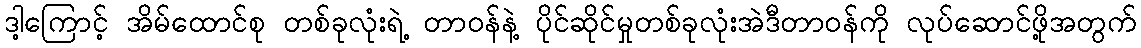
ဒါ့ကြောင့် အိမ်ထောင်စု တစ်ခုလုံးရဲ့ တာဝန်နဲ့ ပိုင်ဆိုင်မှုတစ်ခုလုံးအဲဒီတာဝန်ကို လုပ်ဆောင်ဖို့အတွက်